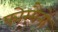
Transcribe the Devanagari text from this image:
फोरमैनाें